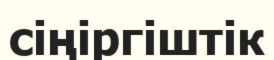
сіңіргіштік